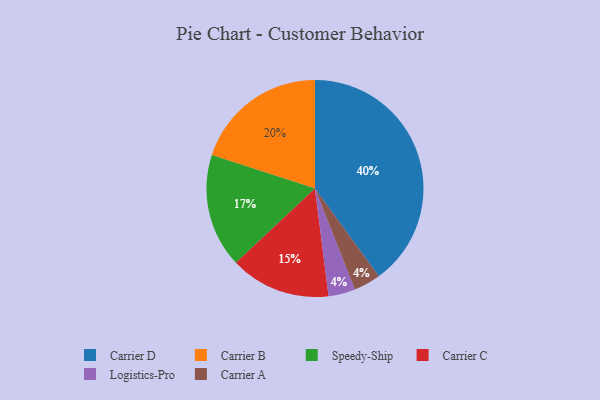
{"axis": {"x": "Category", "y": "Percentage"}, "legend": ["Carrier A", "Carrier B", "Carrier C", "Carrier D", "Logistics-Pro", "Speedy-Ship"], "data": [{"x": "Speedy-Ship", "y": 17, "type": "Speedy-Ship"}, {"x": "Carrier D", "y": 40, "type": "Carrier D"}, {"x": "Carrier B", "y": 20, "type": "Carrier B"}, {"x": "Logistics-Pro", "y": 4, "type": "Logistics-Pro"}, {"x": "Carrier C", "y": 15, "type": "Carrier C"}, {"x": "Carrier A", "y": 4, "type": "Carrier A"}]}